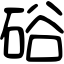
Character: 硲